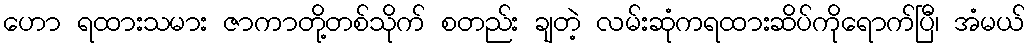
ဟော ရထားသမား ဇာကာတို့တစ်သိုက် စတည်း ချတဲ့ လမ်းဆုံကရထားဆိပ်ကိုရောက်ပြီ၊ အံမယ်